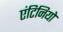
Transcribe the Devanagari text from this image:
एंटिनियो